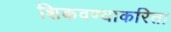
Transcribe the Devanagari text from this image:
शिकवण्याकरिता